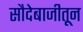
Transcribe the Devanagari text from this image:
सौदेबाजीतून